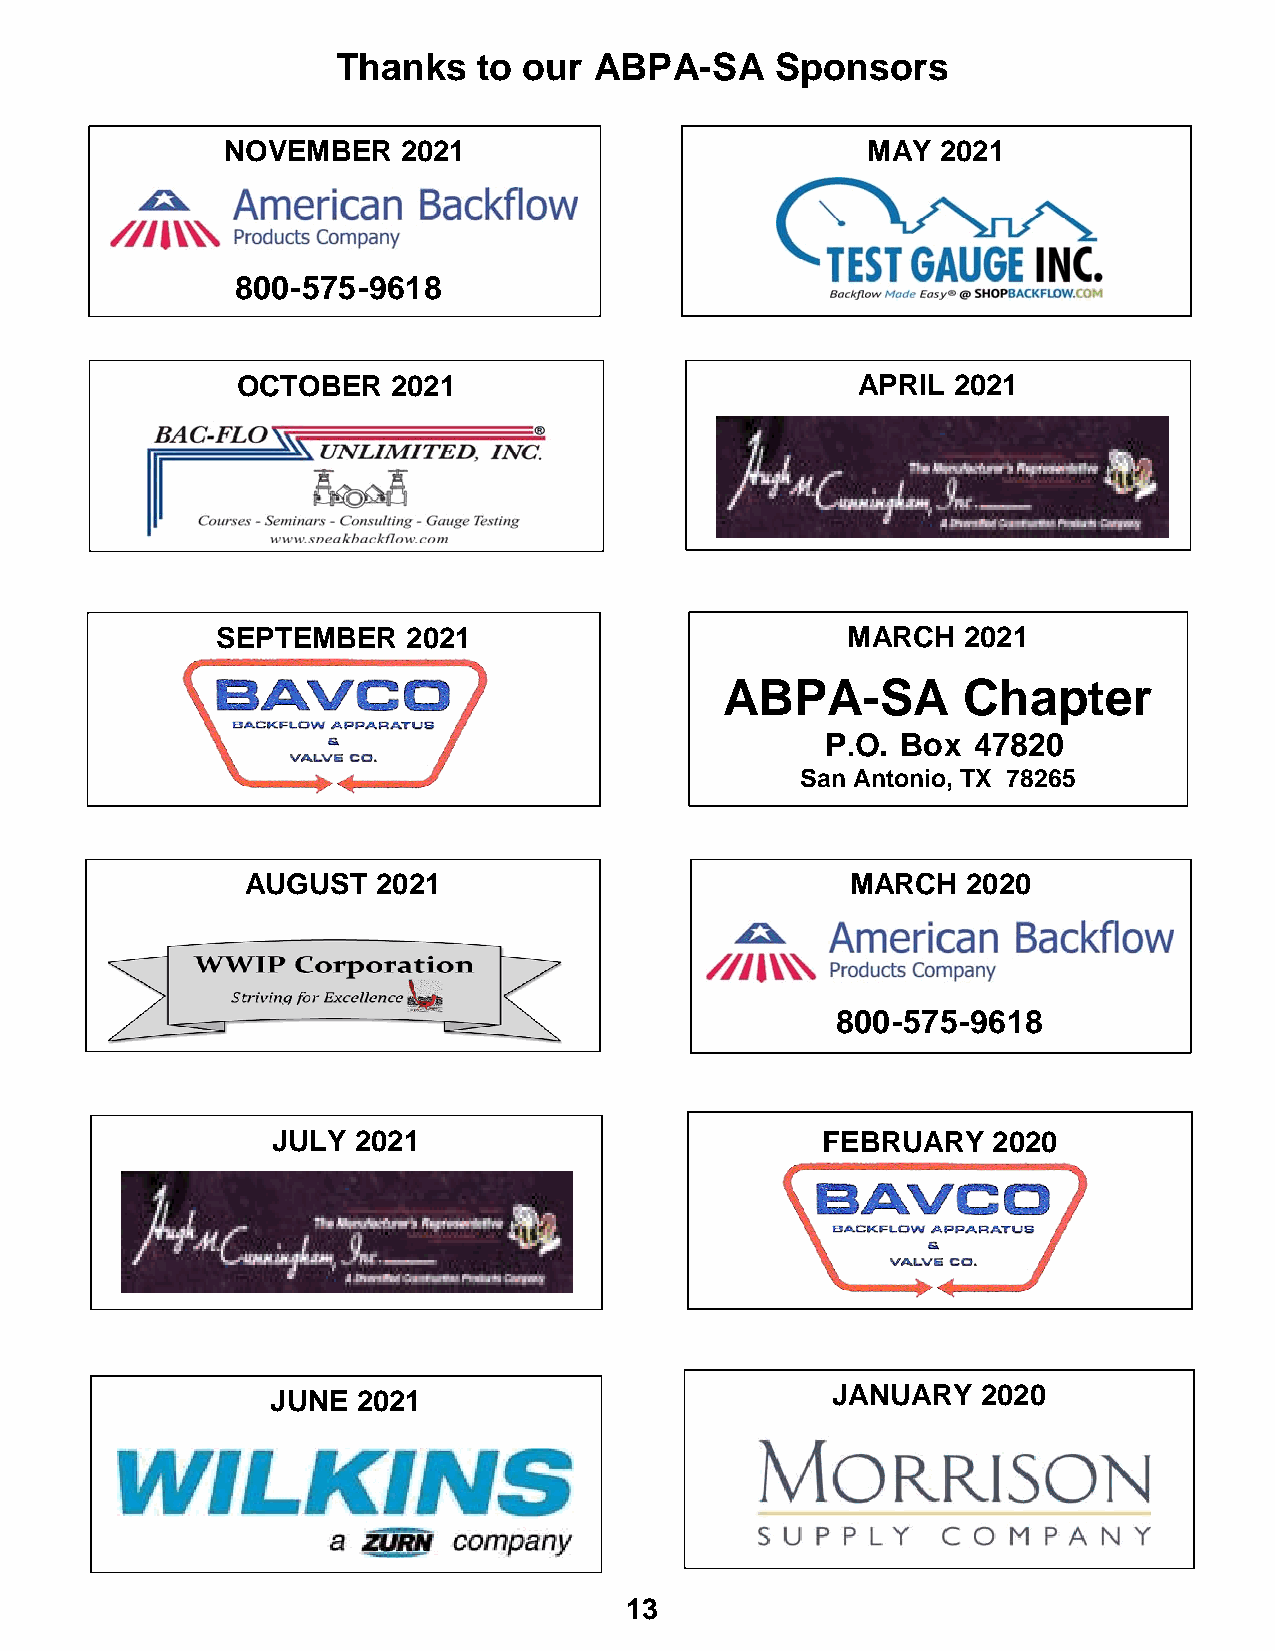
Thanks    to our ABPA-SA     Sponsors
 NOVEMBER    2021                          MAY  2021
 800-575-9618
 OCTOBER   2021                           APRIL 2021
 SEPTEMBER    2021                         MARCH   2021
 ABPA-SA         Chapter
 P.O. Box  47820
 San Antonio, TX 78265
 AUGUST   2021                           MARCH   2020
 800-575-9618
 JULY  2021                          FEBRUA  RY  2020
 JUNE  2021                           JANUARY   2020
 13